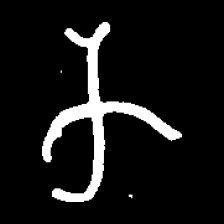
Pyu character \u2014 Myanmar letter: က (romanized: ka)